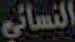
النسائي